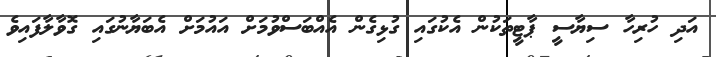
އަދި ހުރިހާ ސިޔާސީ ޕާޓީތަކުން އެކުގައި ގުޅިގެން އެއްބަސްވުމަށް އައުމަށް އެބަޔާނުގައި ގޮވާލާފައިވެ